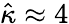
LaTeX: \hat{\kappa}\approx 4